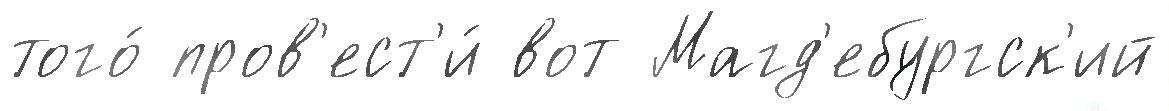
того́ пров'ест'и́ вот Магд'ебургск'ий